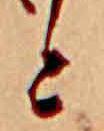
と